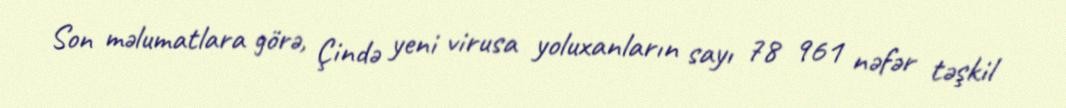
Son məlumatlara görə, Çində yeni virusa yoluxanların sayı 78 961 nəfər təşkil